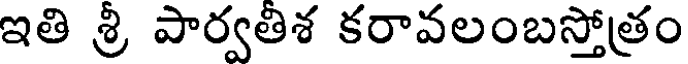
ఇతి శ్రీ పార్వతిశ కరావలంబస్తోత్రం